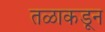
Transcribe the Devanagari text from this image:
तळाकडून